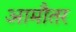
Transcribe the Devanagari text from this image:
आमौतर